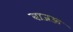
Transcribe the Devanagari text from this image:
बाजऊ